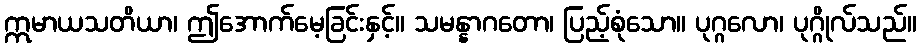
ဣမာယသတိယာ၊ ဤအောက်မေ့ခြင်းနှင့်။ သမန္နာဂတော၊ ပြည့်စုံသော။ ပုဂ္ဂလော၊ ပုဂ္ဂိုလ်သည်။